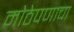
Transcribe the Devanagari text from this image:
मोठेपणाचा